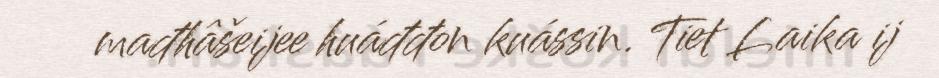
mađhâšeijee huáđđon kuássin. Tiet Laika ij